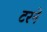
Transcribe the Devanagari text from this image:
टरने